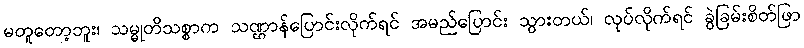
မတူတော့ဘူး၊ သမ္မုတိသစ္စာက သဏ္ဌာန်ပြောင်းလိုက်ရင် အမည်ပြောင်း သွားတယ်၊ လုပ်လိုက်ရင် ခွဲခြမ်းစိတ်ဖြာ